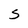
Character: 5